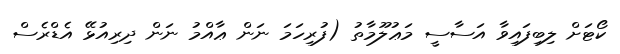
ކޯޓަށް ލިބިފައިވާ އަސާސީ މަޢުލޫމާތު (ފުރިހަމަ ނަން ޢާއްމު ނަން ދިރިއުޅޭ އެޑްރެސް